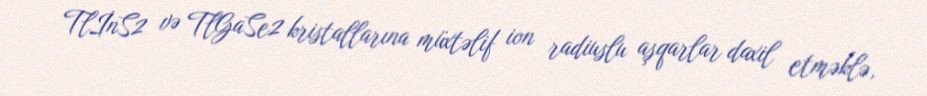
TlİnS2 və TlGaSe2 kristallarına müxtəlif ion radiuslu aşqarlar daxil etməklə,